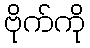
ဗိုက်ကို